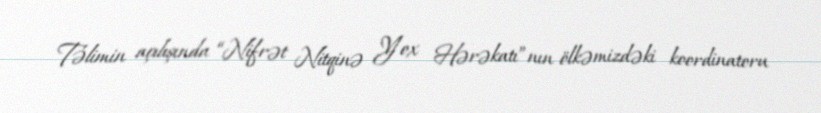
Təlimin açılışında “Nifrət Nitqinə Yox Hərəkatı”nın ölkəmizdəki koordinatoru